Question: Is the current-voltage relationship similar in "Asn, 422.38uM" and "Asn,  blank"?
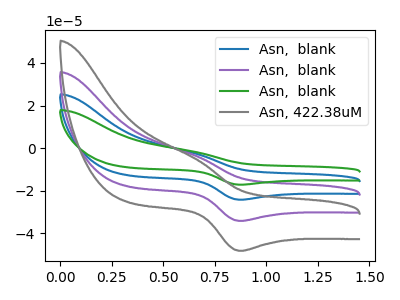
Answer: <think>The blue curve "Asn,  blank" has an anodic peak at (0.65V, -6.20uA) and a cathodic peak at (0.85V, -68.15uA). The purple curve "Asn,  blank" has an anodic peak at (0.65V, -3.10uA) and a cathodic peak at (0.85V, -34.10uA). The green curve "Asn,  blank" has an anodic peak at (0.65V, -9.30uA) and a cathodic peak at (0.85V, -102.25uA). The gray curve "Asn, 422.38uM" has an anodic peak at (0.65V, -4.40uA) and a cathodic peak at (0.85V, -48.10uA).
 All the peaks in "Asn, 422.38uM" have a peak in "Asn,  blank" at the same potential.</think>
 <answer>"Asn, 422.38uM" and "Asn,  blank" are similar in shape.</answer>
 <eval>same_shape</eval>